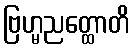
ဗြဟ္မညတ္ထောတိ